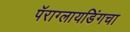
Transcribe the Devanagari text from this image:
पॅराग्लायडिंगचा